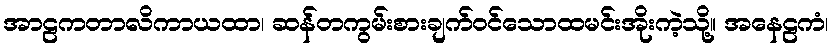
အာဠကတာလိကာယထာ၊ ဆန်တကွမ်းစားချက်ဝင်သောထမင်းအိုးကဲ့သို့။ အနေဠကံ၊